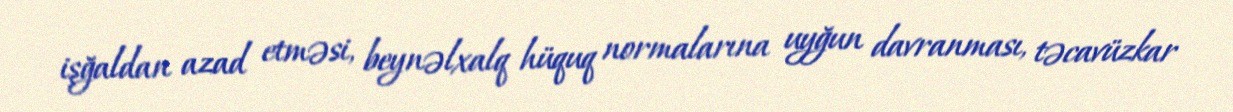
işğaldan azad etməsi, beynəlxalq hüquq normalarına uyğun davranması, təcavüzkar